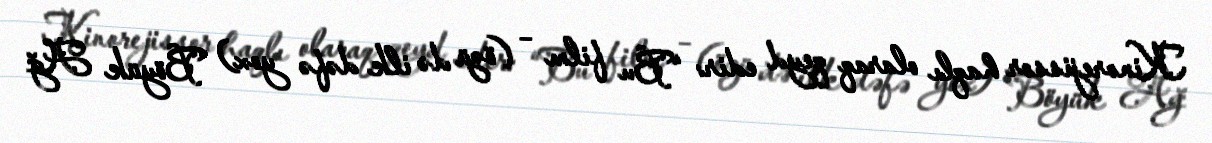
Kinorejissor haqlı olaraq qeyd edir: “Bu film – (özü də ilk dəfə yox) Böyük Ağ